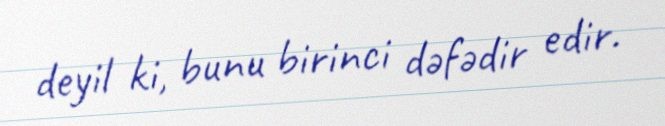
deyil ki, bunu birinci dəfədir edir.